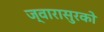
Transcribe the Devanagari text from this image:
ज्वारासुरको